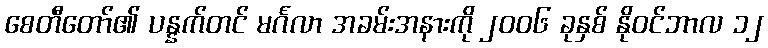
စေတီတော်၏ ပန္နက်တင် မင်္ဂလာ အခမ်းအနားကို ၂၀၀၆ ခုနှစ် နိုဝင်ဘာလ ၁၂